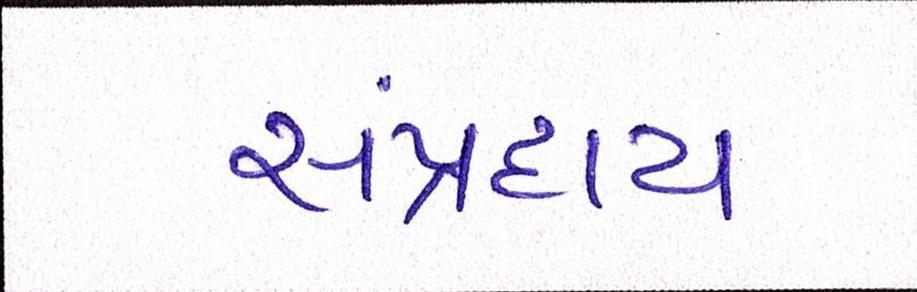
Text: સંપ્રદાય